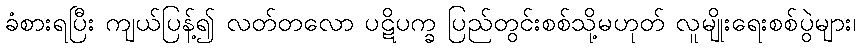
ခံစားရပြီး ကျယ်ပြန့်၍ လတ်တလော ပဋိပက္ခ ပြည်တွင်းစစ်သို့မဟုတ် လူမျိုးရေးစစ်ပွဲများ၊